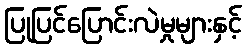
ပြုပြင်ပြောင်းလဲမှုများနှင့်